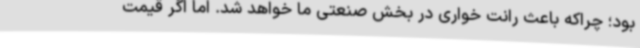
بود؛ چراکه باعث رانت خواری در بخش صنعتی ما خواهد شد. اما اگر قیمت